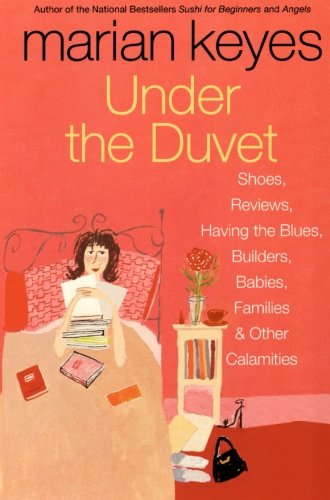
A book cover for Under the Duvet: Shoes, Reviews, Having the Blues, Builders, Babies, Families and Other Calamities; Marian Keyes; Humor & Entertainment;